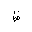
Letter: _za